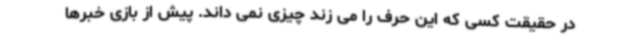
در حقیقت کسی که این حرف را می زند چیزی نمی داند. پیش از بازی خبرها